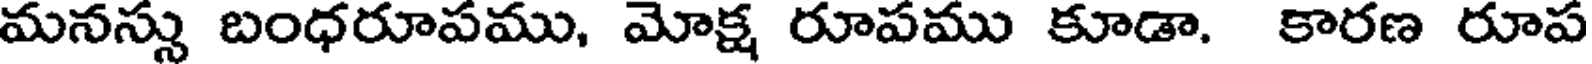
మనస్సు బంధరూపము, మోక్ష రూపము కూడా. కారణ రూప